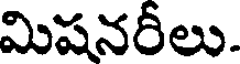
మిషనరీలు.